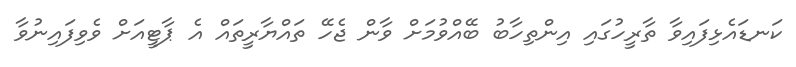
ކަނޑައެޅިފައިވާ ތާރީހުގައި އިންތިހާބު ބޭއްވުމަށް ވާން ޖެހޭ ތައްޔާރީތައް އެ ޕާޓީއަށް ވެވިފައިނުވާ